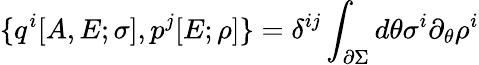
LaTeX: \{ q^{i}[A,E;\sigma],p^{j}[E;\rho]\} =\delta^{ij}\int_{\partial\Sigma}d\theta\sigma^{i}\partial_{\theta}\rho^{i}